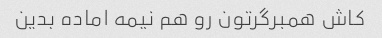
کاش همبرگرتون رو هم نیمه اماده بدین